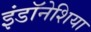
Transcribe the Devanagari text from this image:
इंडॉनेशिया